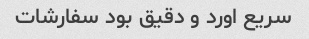
سریع اورد و دقیق بود سفارشات